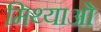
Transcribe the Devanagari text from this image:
मिथ्याओं